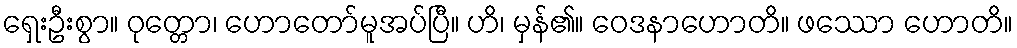
ရှေးဦးစွာ။ ဝုတ္တော၊ ဟောတော်မူအပ်ပြီ။ ဟိ၊ မှန်၏။ ဝေဒနာဟောတိ။ ဖဿော ဟောတိ။